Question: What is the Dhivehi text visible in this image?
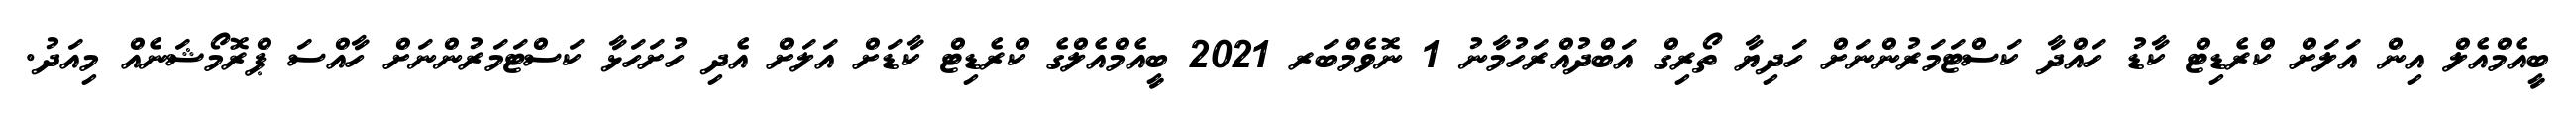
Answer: ބީއެމްއެލް އިން އަލަށް ކްރެޑިޓް ކާޑު ހައްދާ ކަސްޓަމަރުންނަށް ހަދިޔާ ތޯރިގް އަބްދުއްރަހުމާނު 1 ނޮވެމްބަރ 2021 ބީއެމްއެލްގެ ކްރެޑިޓް ކާޑަށް އަލަށް އެދި ހުށަހަޅާ ކަސްޓަމަރުންނަށް ހާއްސަ ޕްރޮމޯޝަނެއް މިއަދު.